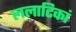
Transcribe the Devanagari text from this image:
ललाटिकां